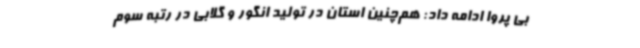
بی پروا ادامه داد: هم‌چنین استان در تولید انگور و گلابی در رتبه سوم